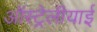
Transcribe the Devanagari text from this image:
ऑस्ट्रेलीयाई